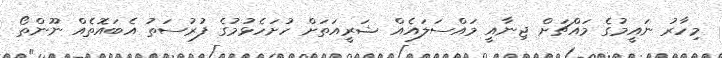
މިހާރު ނައީމުގެ މައްޗަށް ޖިނާއީ މައްސަލައެއް ޝަރީއަތަށް ހުށަހެޅުމުގެ ފުރުސަތު އެބައޮތެއް ނޫންތޯ